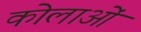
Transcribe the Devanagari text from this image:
कोलाओं